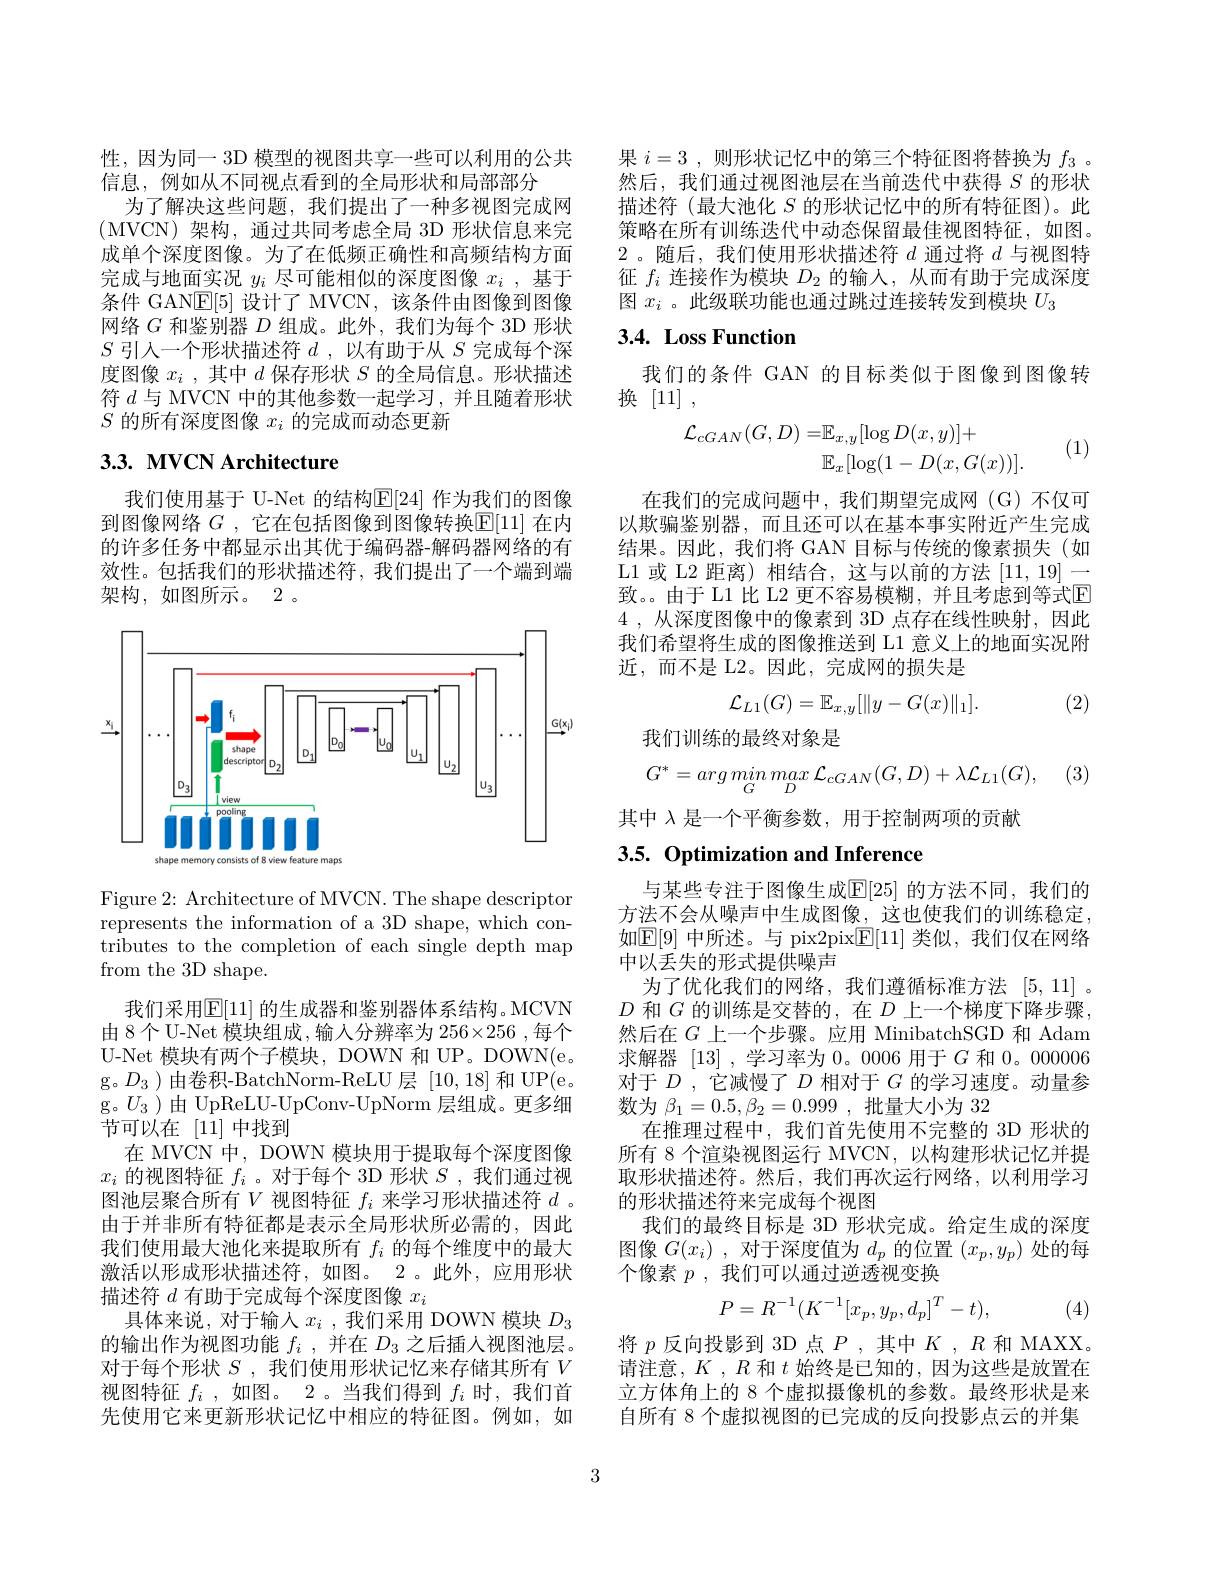
性，因为同一 3D 模型的视图共享一些可以利用的公共
信息，例如从不同视点看到的全局形状和局部部分
为了解决这些问题，我们提出了一种多视图完成网(MVCN)架构，通过共同考虑全局 3D 形状信息来完成单个深度图像。为了在低频正确性和高频结构方面完成与地面实况$y_i$尽可能相似的深度图像$x_i$ ,基于条件 GANE[5]设计了 MVCN,该条件由图像到图像网络$G$和鉴别器$D$组成。此外，我们为每个 3D 形状$S$引入一个形状描述符$d$,以有助于从$S$完成每个深度图像$x_i$ ,其中$d$保存形状$S$的全局信息。形状描述符$d$与 MVCN 中的其他参数一起学习，并且随着形状$S$的所有深度图像$x_i$的完成而动态更新

# 3.3. MVCN Architecture

我们使用基于 U-Net 的结构$\mathbb{E}[24]$ 作为我们的图像到图像网络 $G$ ,它在包括图像到图像转换$\mathbb{E}[11]$ 在内的许多任务中都显示出其优于编码器-解码器网络的有效性。包括我们的形状描述符，我们提出了一个端到端架构，如图所示。2。

<FigureHere>

Figure 2: Architecture of MVCN. The shape descriptor represents the information of a 3D shape, which contributes to the completion of each single depth map from the 3D shape.

我们采用$\mathbb{E}[11]$ 的生成器和鉴别器体系结构。MCVN 由 8个 U-Net 模块组成 ,输人分辨率为 256$\times256$,每个U-Net 模块有两个子模块，DOWN 和 UP。DOWN(e。g。$D_3$ )由卷积-BatchNorm-ReLU 层[10,18]和 UP(e。g。$U_3$ )由 UpReLU-UpConv-UpNorm 层组成。更多细节可以在[11]中找到
在 MVCN 中，DOWN 模块用于提取每个深度图像$x_i$的视图特征$f_i$ 。对于每个 3D 形状$S$ ,我们通过视图池层聚合所有$V$视图特征$f_i$来学习形状描述符$d$ 。由于并非所有特征都是表示全局形状所必需的，因此我们使用最大池化来提取所有$f_i$的每个维度中的最大激活以形成形状描述符，如图。2。此外，应用形状描述符$d$有助于完成每个深度图像$x_i$
具体来说，对于输入$x_i$ ,我们采用 DOWN 模块$D_{3}$ 的输出作为视图功能$f_i$ ,并在$D_3$之后插人视图池层。对于每个形状$S$ ,我们使用形状记忆来存储其所有$V$ 视图特征$f_i$ ,如图。2 。当我们得到$f_i$时，我们首先使用它来更新形状记忆中相应的特征图。例如，如

果$i=3$,则形状记忆中的第三个特征图将替换为$f_{3}$ 。然后，我们通过视图池层在当前迭代中获得$S$的形状描述符(最大池化$S$的形状记忆中的所有特征图)。此策略在所有训练迭代中动态保留最佳视图特征，如图。2。随后，我们使用形状描述符$d$通过将$d$与视图特征$f_i$连接作为模块$D_2$的输人，从而有助于完成深度图$x_i$ 。此级联功能也通过跳过连接转发到模块$U_3$

# 3.4. Loss Function

我们的条件 GAN 的目标类似于图像到图像转
换[11],
$$\begin{aligned}\mathcal{L}_{cGAN}(G,D)=&\mathbb{E}_{x,y}[\log D(x,y)]+\\&\mathbb{E}_{x}[\log(1-D(x,G(x))].\end{aligned}$$
(1)

在我们的完成问题中，我们期望完成网(G)不仅可以欺骗鉴别器，而且还可以在基本事实附近产生完成结果。因此，我们将 GAN 目标与传统的像素损失(如L1或 L2 距离) 相结合，这与以前的方法$|11,19|\longrightarrow$ 致。。由于 L1 比 L2 更不容易模糊，并且考虑到等式$\overline{\mathrm{E}}$ 4 ,从深度图像中的像素到 3D 点存在线性映射，因此我们希望将生成的图像推送到 L1 意义上的地面实况附近，而不是 L2。因此，完成网的损失是
$$\mathcal{L}_{L1}(G)=\mathbb{E}_{x,y}[\|y-G(x)\|_1].$$
(2)

我们训练的最终对象是

(3)
$$G^{*}=arg\:min\:max\:\mathcal{L}_{cGAN}(G,D)+\lambda\mathcal{L}_{L1}(G),$$
其中$\lambda$是一个平衡参数，用于控制两项的贡献

# 3.5. Optimization and Inference

与某些专注于图像生成$\mathbb{E}[25]$ 的方法不同，我们的方法不会从噪声中生成图像，这也使我们的训练稳定如$\mathbb{E}[9]$ 中所述。与 pix2pix$\mathbb{E}[11]$ 类似，我们仅在网络中以丢失的形式提供噪声
为了优化我们的网络，我们遵循标准方法 [5,11]。$D$和$G$的训练是交替的，在$D$上一个梯度下降步骤， 然后在$G$上一个步骤。应用 MinibatchSGD 和 Adam 求解器[13] ,学习率为0。0006 用于$G$和0。00006对于$D$ , 它减慢了$D$相对于$G$的学习速度。动量参数为$\beta_1=0.5,\beta_2=0.999$,批量大小为 32
在推理过程中，我们首先使用不完整的 3D 形状的所有 8 个渲染视图运行 MVCN,以构建形状记忆并提取形状描述符。然后，我们再次运行网络，以利用学习的形状描述符来完成每个视图
我们的最终目标是 3D 形状完成。给定生成的深度图像$G(x_i)$ ,对于深度值为$d_p$的位置$(x_p,y_p)$处的每个像素$p$,我们可以通过逆透视变换
$$P=R^{-1}(K^{-1}[x_{p},y_{p},d_{p}]^{T}-t),$$
(4)

将$p$反向投影到 3D 点$P$,其中$K,R$和 MAXX。请注意，$K,R$和$t$始终是已知的，因为这些是放置在立方体角上的 8 个虚拟摄像机的参数。最终形状是来自所有 8 个虚拟视图的已完成的反向投影点云的并集

3